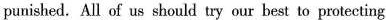
punished. All of us should try our best to protecting